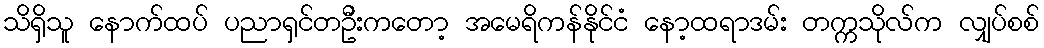
သိရှိသူ နောက်ထပ် ပညာရှင်တဦးကတော့ အမေရိကန်နိုင်ငံ နော့ထရာဒမ်း တက္ကသိုလ်က လျှပ်စစ်